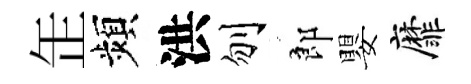
𦈢頻洪刎郎嬰靡